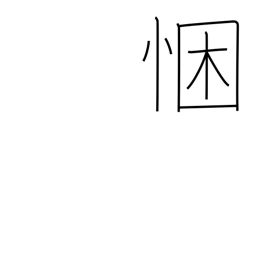
Meaning: sincerity